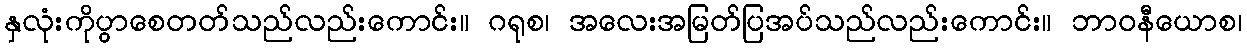
နှလုံးကိုပွာစေတတ်သည်လည်းကောင်း။ ဂရုစ၊ အလေးအမြတ်ပြအပ်သည်လည်းကောင်း။ ဘာဝနီယောစ၊